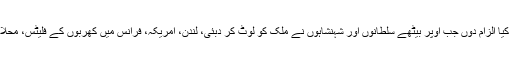
مگر ان افسروں کی ملک دشمنی کو کیا الزام دوں جب اوپر بیٹھے سلطانوں اور شہنشاہوں نے ملک کو لوٹ کر دبئی، لندن، امریکہ، فرانس میں کھربوں کے فلیٹس، محلات، فارم ہائوس اور پلازے بنا لئے!